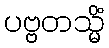
ပဗ္ဗတသ္မိံ